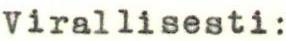
Virallisesti: